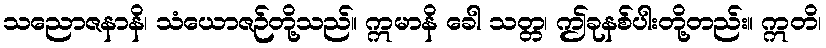
သညောဇနာနိ၊ သံယောဇဉ်တို့သည်။ ဣမာနိ ခေါ သတ္တ၊ ဤခုနစ်ပါးတို့တည်း။ ဣတိ၊